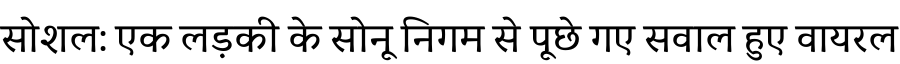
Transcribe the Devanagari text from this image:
सोशल: एक लड़की के सोनू निगम से पूछे गए सवाल हुए वायरल